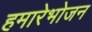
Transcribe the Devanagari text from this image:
हमारेभोजन